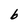
Character: b